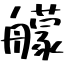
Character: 艨